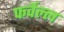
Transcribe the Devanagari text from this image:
फर्वेल्ल